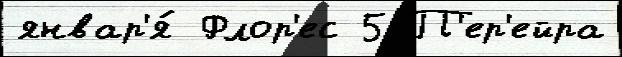
январ'я́ Флор'ес 5 П'ер'ейра